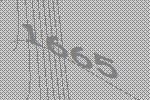
1665